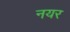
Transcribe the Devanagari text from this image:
नयर